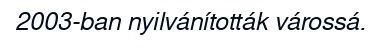
2003-ban nyilvánították várossá.